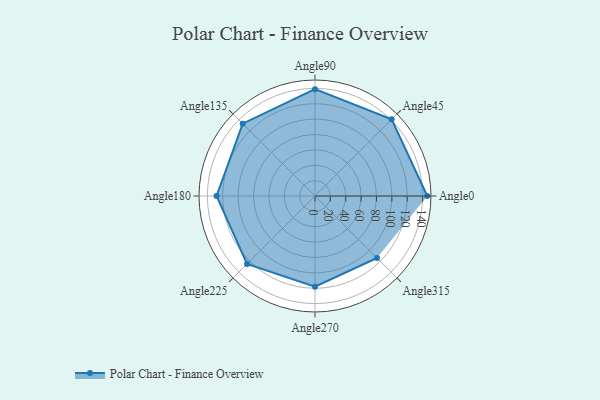
{"axis": {"x": "Angle", "y": "Radius"}, "legend": [""], "data": [{"x": "Angle0", "y": 146.0, "type": ""}, {"x": "Angle45", "y": 141.0, "type": ""}, {"x": "Angle90", "y": 139.0, "type": ""}, {"x": "Angle135", "y": 133.0, "type": ""}, {"x": "Angle180", "y": 128.0, "type": ""}, {"x": "Angle225", "y": 125.0, "type": ""}, {"x": "Angle270", "y": 118.0, "type": ""}, {"x": "Angle315", "y": 114.0, "type": ""}]}